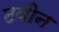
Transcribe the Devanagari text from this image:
टवीन